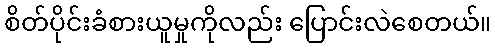
စိတ်ပိုင်းခံစားယူမှုကိုလည်း ပြောင်းလဲစေတယ်။